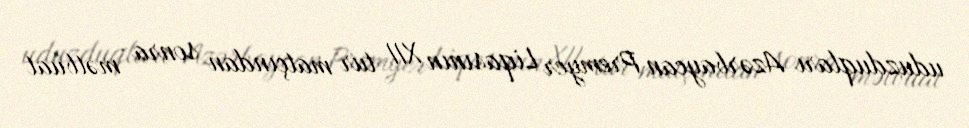
uduzduqları Azərbaycan Premyer Liqasının XII tur matçından sonra mətbuat